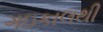
ગઇકાલથી